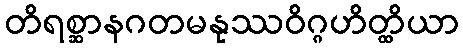
တိရစ္ဆာနဂတမနုဿဝိဂ္ဂဟိတ္ထိယာ